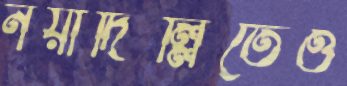
নয়াদিল্লিতেও